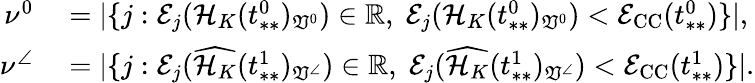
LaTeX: \begin{array}{rl}{\nu^{0}}&{{}=|\{ j:\mathcal{E}_{j}(\mathcal{H}_{K}(t_{**}^{0})_{\mathfrak{V}^{0}})\in\mathbb{R},\; \mathcal{E}_{j}(\mathcal{H}_{K}(t_{**}^{0})_{\mathfrak{V}^{0}})<\mathcal{E}_{\mathrm{CC}}(t_{**}^{0})\} |,}\\ {\nu^{\angle}}&{{}=|\{ j:\mathcal{E}_{j}(\widehat{\mathcal{H}_{K}}(t_{**}^{1})_{\mathfrak{V}^{\angle}})\in\mathbb{R},\; \mathcal{E}_{j}(\widehat{\mathcal{H}_{K}}(t_{**}^{1})_{\mathfrak{V}^{\angle}})<\mathcal{E}_{\mathrm{CC}}(t_{**}^{1})\} |.}\end{array}